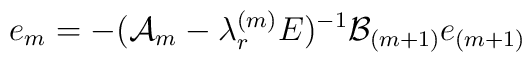
e_m = - ({\cal A}_m - \lambda_r^{(m)} E)^{-1} {\cal B}_{(m+1)} e_{(m+1)}